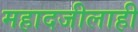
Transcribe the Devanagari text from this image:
महादजीलाही